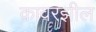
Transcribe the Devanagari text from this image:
कावरझील